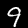
Label: 9